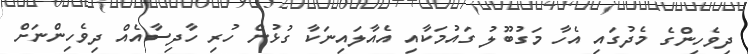
ދިވެހިންގެ މެދުގައި އެހާ މަގުބޫލު ގައުމަކާއި އެއާލައިނަކާ ގުޅުން ހުރި ހާދިސާއެއް ދިވެހިންނަށް